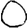
Digit: 0